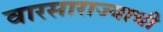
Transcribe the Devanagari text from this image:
वारसाराज्याची